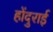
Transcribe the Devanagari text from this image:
होंदुराई